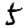
Digit: 5